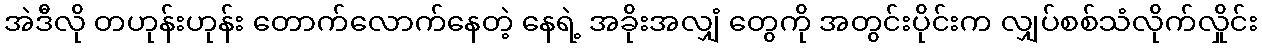
အဲဒီလို တဟုန်းဟုန်း တောက်လောက်နေတဲ့ နေရဲ့ အခိုးအလျှံ တွေကို အတွင်းပိုင်းက လျှပ်စစ်သံလိုက်လှိုင်း